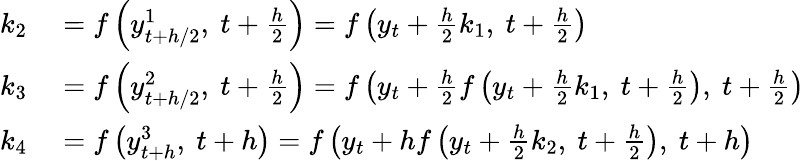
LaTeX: \begin{array}{rl}{k_{2}}&{{}=f\left(y_{t+h/2}^{1},\ t+{\frac{h}{2}}\right)=f\left(y_{t}+{\frac{h}{2}}k_{1},\ t+{\frac{h}{2}}\right)}\\ {k_{3}}&{{}=f\left(y_{t+h/2}^{2},\ t+{\frac{h}{2}}\right)=f\left(y_{t}+{\frac{h}{2}}f\left(y_{t}+{\frac{h}{2}}k_{1},\ t+{\frac{h}{2}}\right),\ t+{\frac{h}{2}}\right)}\\ {k_{4}}&{{}=f\left(y_{t+h}^{3},\ t+h\right)=f\left(y_{t}+hf\left(y_{t}+{\frac{h}{2}}k_{2},\ t+{\frac{h}{2}}\right),\ t+h\right)}\end{array}